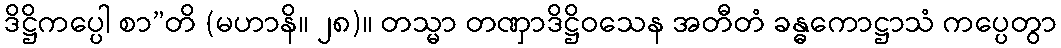
ဒိဋ္ဌိကပ္ပေါ စာ”တိ (မဟာနိ။ ၂၈)။ တသ္မာ တဏှာဒိဋ္ဌိဝသေန အတီတံ ခန္ဓကောဋ္ဌာသံ ကပ္ပေတွာ